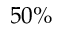
5 0 \%